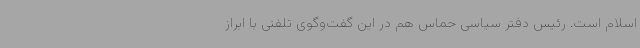
اسلام است. رئیس دفتر سیاسی حماس هم در این گفت‌وگوی تلفنی با ابراز